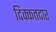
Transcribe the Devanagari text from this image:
दिक्कतदार